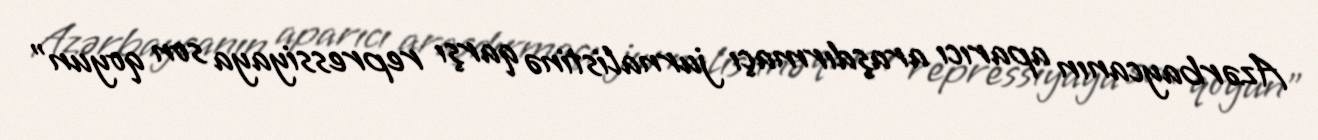
Azərbaycanın aparıcı araşdırmaçı jurnalistinə qarşı repressiyaya son qoyun"